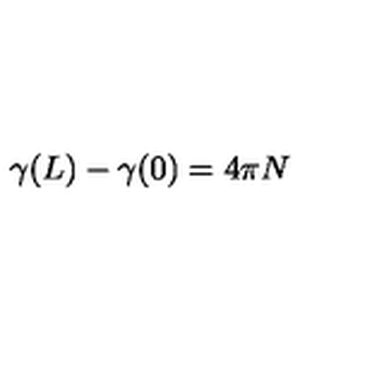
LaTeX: \gamma ( L ) - \gamma ( 0 ) = 4 \pi N